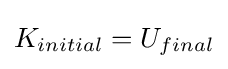
K_{initial}=U_{final}